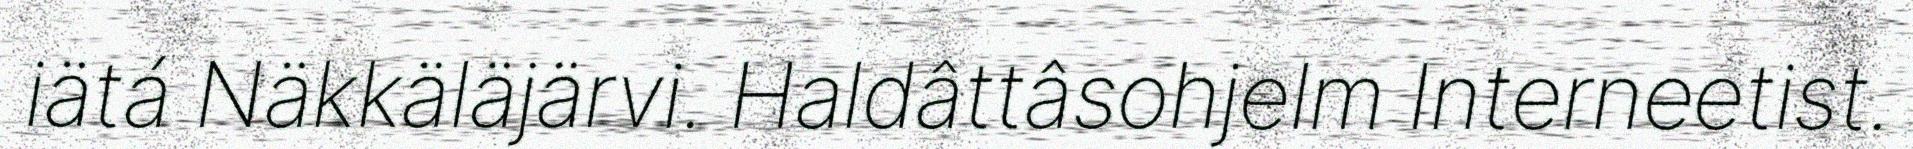
iätá Näkkäläjärvi. Haldâttâsohjelm Interneetist.